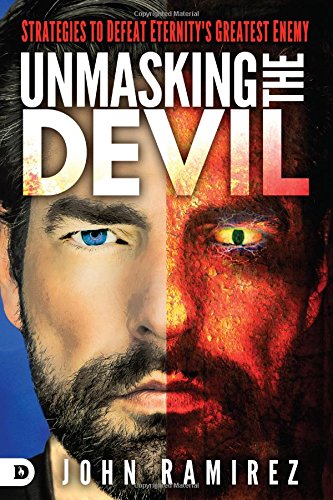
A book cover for Unmasking the Devil: Strategies to Defeat Eternity's Greatest Enemy; John Ramirez; Christian Books & Bibles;